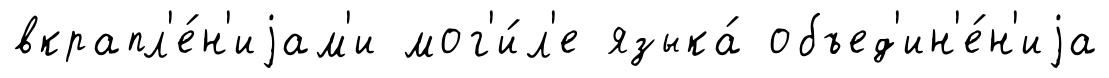
вкрапл'е́н'иjам'и мог'и́л'е языка́ объед'ин'е́н'иjа